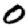
Digit: 0